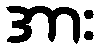
အား